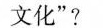
文化”?